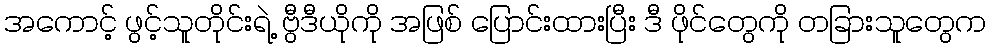
အကောင့် ဖွင့်သူတိုင်းရဲ့ ဗွီဒီယိုကို အဖြစ် ပြောင်းထားပြီး ဒီ ဖိုင်တွေကို တခြားသူတွေက